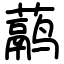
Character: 𬟁